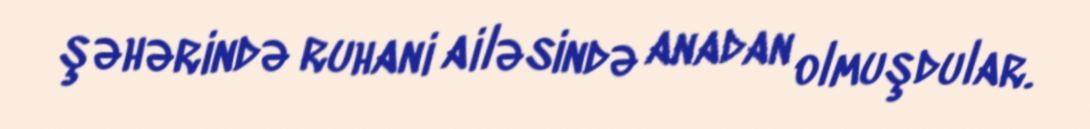
şəhərində ruhani ailəsində anadan olmuşdular.